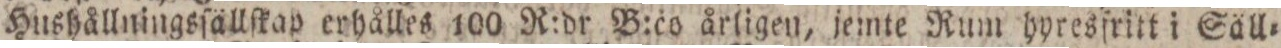
Hushållningsſällſkap erhålles 100 R:dr B:co årligen, jemte Rum hyresfritt i Säll=